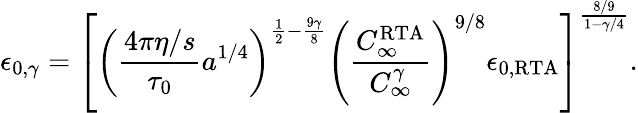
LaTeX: \epsilon_{0,\gamma}=\left[\left(\frac{4\pi\eta/s}{\tau_{0}}a^{1/4}\right)^{\frac{1}{2}-\frac{9\gamma}{8}}\left(\frac{C_{\infty}^{\mathrm{RTA}}}{C_{\infty}^{\gamma}}\right)^{9/8}\epsilon_{0,\mathrm{RTA}}\right]^{\frac{8/9}{1-\gamma/4}}.